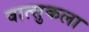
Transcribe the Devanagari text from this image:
वात्सुकला